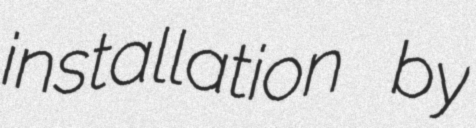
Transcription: installation by